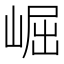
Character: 崛